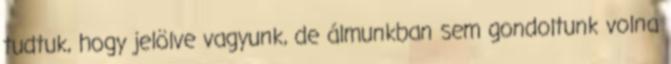
tudtuk, hogy jelölve vagyunk, de álmunkban sem gondoltunk volna